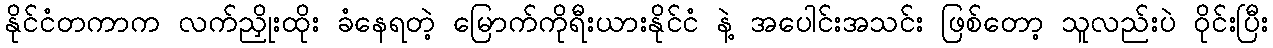
နိုင်ငံတကာက လက်ညှိုးထိုး ခံနေရတဲ့ မြောက်ကိုရီးယားနိုင်ငံ နဲ့ အပေါင်းအသင်း ဖြစ်တော့ သူလည်းပဲ ဝိုင်းပြီး